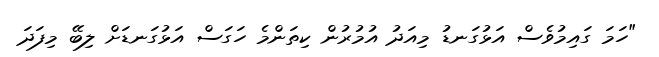
"ހަމަ ގައިމުވެސް އަޅުގަނޑު މިއަދު އުމުރުން ކިތަންމެ ހަގަސް އަޅުގަނޑަށް ލިބޭ މިފަދަ